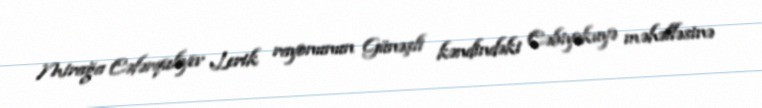
Mirağa Cəfərquliyev Lerik rayonunun Günəşli kəndindəki Cəbiyəkuyə məhəlləsinə